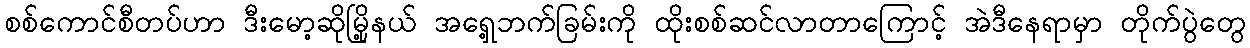
စစ်ကောင်စီတပ်ဟာ ဒီးမော့ဆိုမြို့နယ် အရှေ့ဘက်ခြမ်းကို ထိုးစစ်ဆင်လာတာကြောင့် အဲဒီနေရာမှာ တိုက်ပွဲတွေ